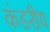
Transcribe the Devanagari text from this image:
कंडरीय